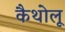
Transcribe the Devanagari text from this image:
कैथोलू